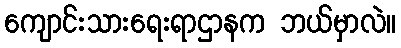
ကျောင်းသားရေးရာဌာနက ဘယ်မှာလဲ။